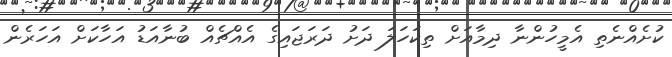
ކުށެއްނެތި އެމީހުންނާ ދިމާއަށް ތިކަހަލަ ދަށު ދަރަޖައިގެ އެއްޗެއް ބުނާއަޑު އަހާކަށް އަހަރެން